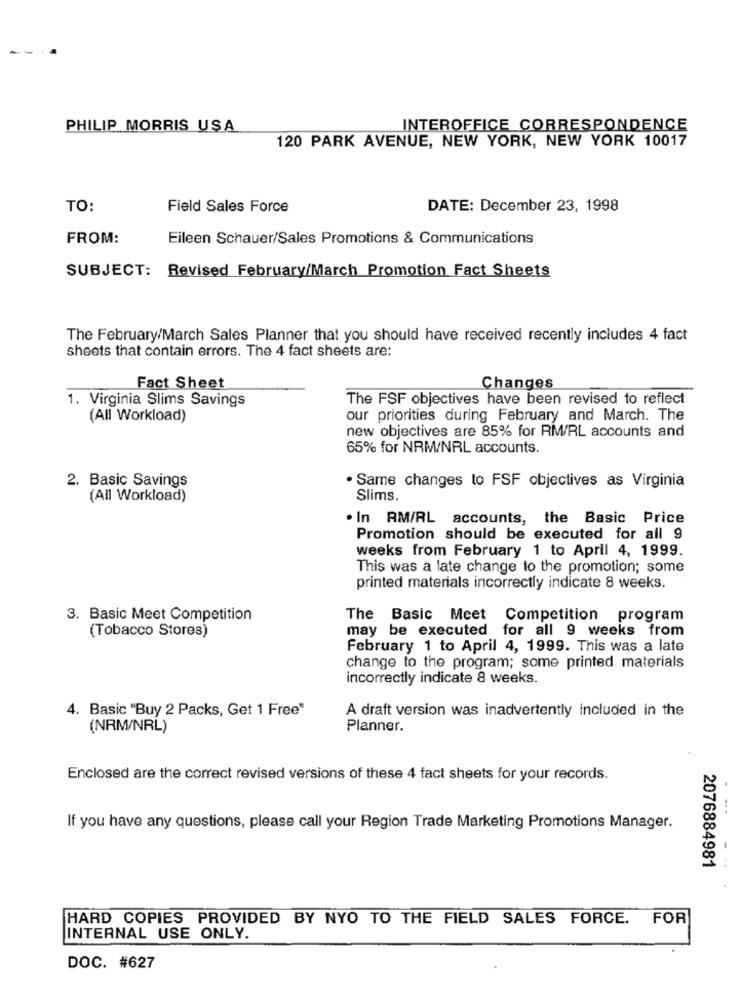
PHILIP MORRIS USA
INTEROFFICE CORRESPONDENCE
120 PARK AVENUE, NEW YORK, NEW YORK 10017
TO:
Field Sales Force
DATE: December 23, 1998
FROM:
Eileen Schauer/Sales Promotions & Communications
SUBJECT: Revised February/March Promotion Fact Sheets
The February/March Sales Planner that you should have received recently includes 4 fact
sheets that contain errors. The 4 fact sheets are:
Fact Sheet
Changes
1. Virginia Slims Savings
The FSF objectives have been revised to reflect
(All Workload)
our priorities during February and March. The
new objectives are 85% for RM/RL accounts and
65% for NRM/NRL accounts.
2. Basic Savings
· Same changes to FSF objectives as Virginia
(All Workload)
Slims.
. In RM/RL accounts, the Basic Price
Promotion should be executed for all 9
weeks from February 1 to April 4, 1999.
This was a late change to the promotion; some
printed materials incorrectly indicate 8 weeks.
3. Basic Meet Competition
The Basic Meet Competition program
(Tobacco Stores)
may be executed for all 9 weeks from
February 1 to April 4, 1999. This was a late
change to the program; some printed materials
incorrectly indicate 8 weeks.
4. Basic "Buy 2 Packs, Get 1 Free"
A draft version was inadvertently included in the
(NRM/NRL)
Planner.
Enclosed are the correct revised versions of these 4 fact sheets for your records.
If you have any questions, please call your Region Trade Marketing Promotions Manager.
2076884981
HARD COPIES PROVIDED BY NYO TO THE FIELD SALES FORCE. FOR
INTERNAL USE ONLY.
DOC. #627